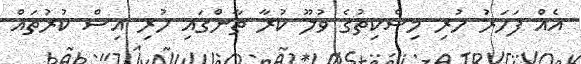
އެއް ފަހަރު ހުރި މިސްކިތުގެ ވުލޫ ކުރާ ތާންގައި ހުރި އިސް ކުރުތައް